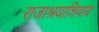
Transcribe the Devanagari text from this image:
राजाश्रयाशिवाय